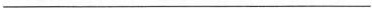
___